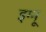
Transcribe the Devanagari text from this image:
इग्‍नू